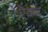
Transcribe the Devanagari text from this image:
ऎक्य